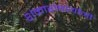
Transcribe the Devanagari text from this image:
शंकाराचार्यांनी